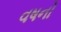
વષનો